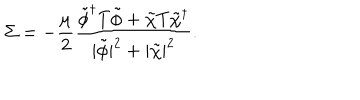
\Sigma = - { \frac { \mu } { 2 } } { \frac { \tilde { \phi } ^ { \dagger } T \tilde { \phi } + \tilde { \chi } T \tilde { \chi } ^ { \dagger } } { | \tilde { \phi } | ^ { 2 } + | \tilde { \chi } | ^ { 2 } } } .